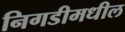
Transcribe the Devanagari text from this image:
निगडीमधील